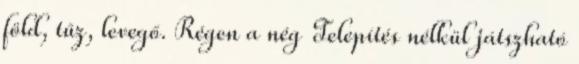
föld, tűz, levegő. Régen a nég Telepítés nélkül játszható